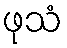
ဖုသံ